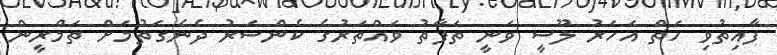
ފާއިތުވި ހަތް އަހަރު ލޫސީ ވަނީ ތަފާތު ވައްތަރުގެ ކެންސަރު ދެނެގަތުމަށް ތަމްރީން